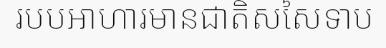
របបអាហារមានជាតិសសៃទាប